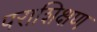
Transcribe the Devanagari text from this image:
पराशिक्षण